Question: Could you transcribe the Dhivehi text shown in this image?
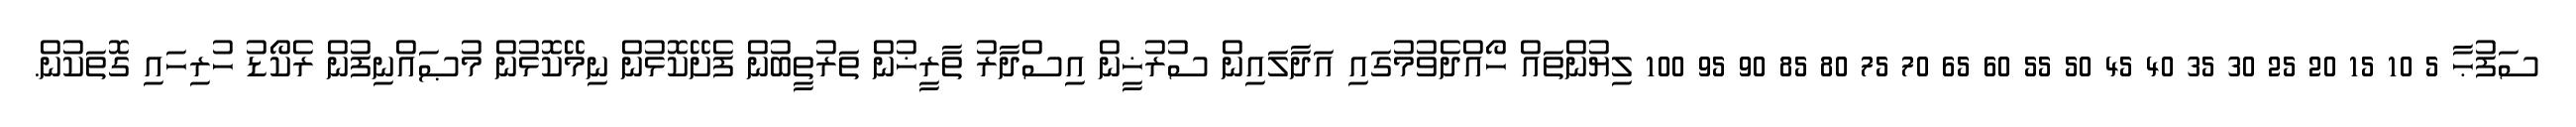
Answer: ސަފުޙާ 5 10 15 20 25 30 35 40 45 50 55 60 65 70 75 80 85 90 95 100 ލިޔުންތައް ހޯއްދެވުމުގައި އަދާލައިން ސުރުޚީން އިސްދާރު ތާރީޚުން ތަރުތީބުން ފެށޭކޮޅުން ނިމޭކޮޅުން މުޞައްނިފުން ރެކޯޑު ހުރިހައި ގޮތަކުން.